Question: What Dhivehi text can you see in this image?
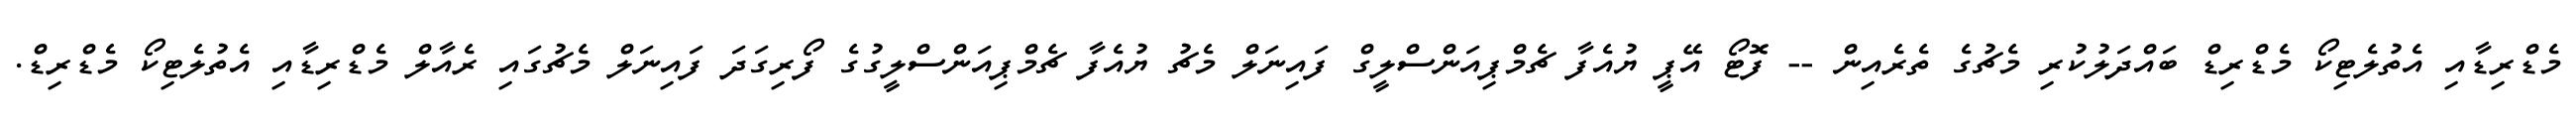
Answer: މެޑްރިޑާއި އެތުލެޓިކޯ މެޑްރިޑް ބައްދަލުކުރި މެޗުގެ ތެރެއިން -- ފޮޓޯ އޭޕީ ޔުއެފާ ޗެމްޕިއަންސްލީގް ފައިނަލް މެޗު ޔުއެފާ ޗެމްޕިއަންސްލީގުގެ ފޯރިގަދަ ފައިނަލް މެޗުގައި ރެއާލް މެޑްރިޑާއި އެތުލެޓިކޯ މެޑްރިޑް.